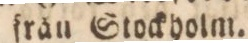
från Stockholm.